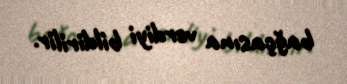
bağçasına verdiyi bildirilir.